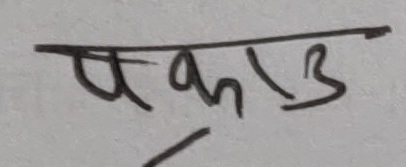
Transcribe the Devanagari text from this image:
एकाउ